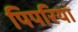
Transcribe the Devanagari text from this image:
पिपरियां